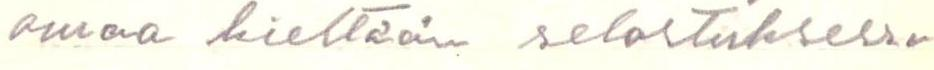
omaa kieltään selostuksessa